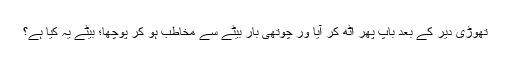
تھوڑی دیر کے بعد باپ پھر اُٹھ کر آیا ور چوتھی بار بیٹے سے مخاطب ہو کر پوچھا؛ بیٹے یہ کیا ہے؟